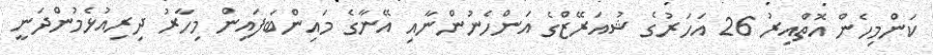
ކަންމިހެން އޮތްއިރު 26 އަހަރުގެ ޝުއަރޭޒްގެ އަންހެނުންނާއި އޭނާގެ މައިންބަފައިން މިހާރު ދިރިއުޅެމުންދަނީ